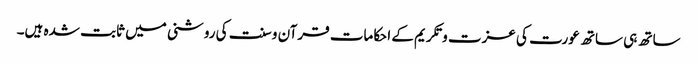
ساتھ ہی ساتھ عورت کی عزت و تکریم کے احکامات قرآن و سنت کی روشنی میں ثابت شدہ ہیں۔